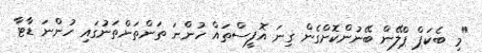
"މި ބެކަޕް ޕްލޭން ބޭނުންކޮށްގެން ގިނަ އޮފީސްތައް ހުންނަ ތަންތަންތަނުގައި ހުންނަ ޑާޓާ